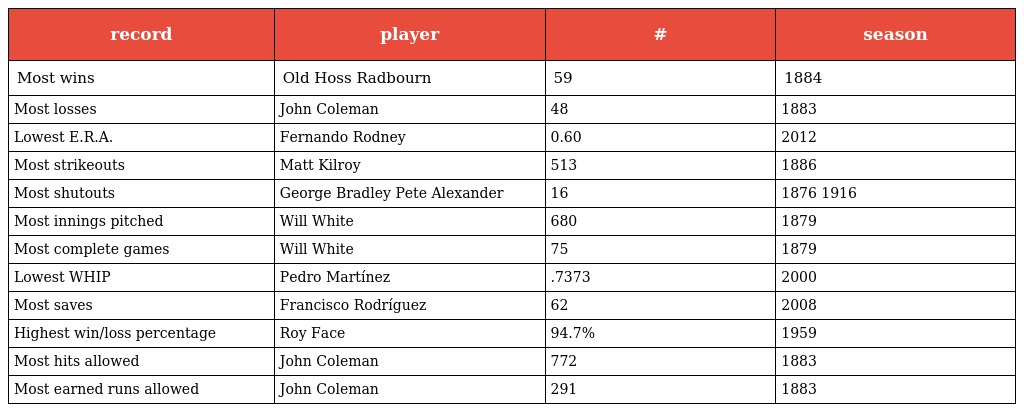
| record | player | # | season |
 | --- | --- | --- | --- |
 | Most wins | Old Hoss Radbourn | 59 | 1884 |
 | Most losses | John Coleman | 48 | 1883 |
 | Lowest E.R.A. | Fernando Rodney | 0.60 | 2012 |
 | Most strikeouts | Matt Kilroy | 513 | 1886 |
 | Most shutouts | George Bradley Pete Alexander | 16 | 1876 1916 |
 | Most innings pitched | Will White | 680 | 1879 |
 | Most complete games | Will White | 75 | 1879 |
 | Lowest WHIP | Pedro Martínez | .7373 | 2000 |
 | Most saves | Francisco Rodríguez | 62 | 2008 |
 | Highest win/loss percentage | Roy Face | 94.7% | 1959 |
 | Most hits allowed | John Coleman | 772 | 1883 |
 | Most earned runs allowed | John Coleman | 291 | 1883 |